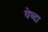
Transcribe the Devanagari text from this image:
येब्दा